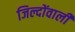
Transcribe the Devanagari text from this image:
जिल्दोंवाली